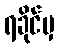
ရခိုင်မှ